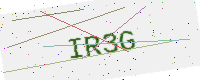
Text: IR3G